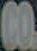
CO